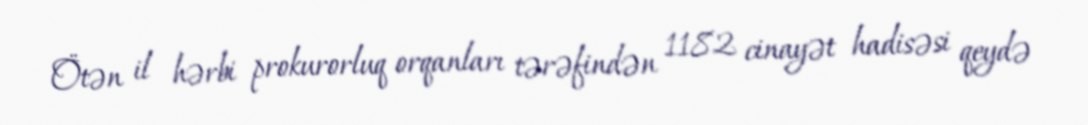
Ötən il hərbi prokurorluq orqanları tərəfindən 1182 cinayət hadisəsi qeydə